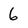
Character: 6